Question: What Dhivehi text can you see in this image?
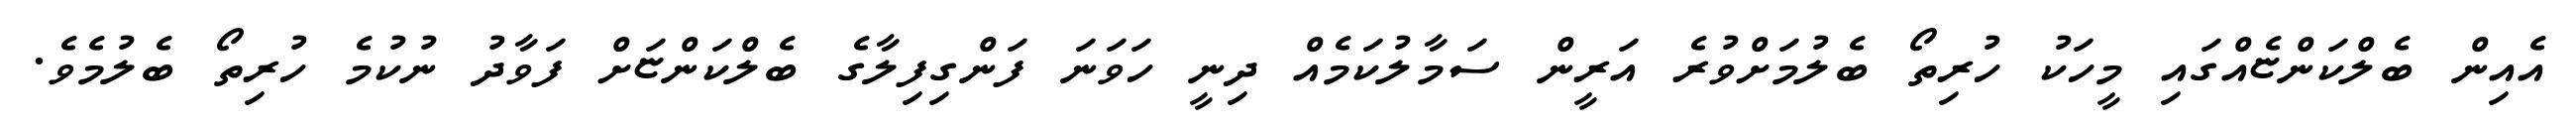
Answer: އެއިން ބެލްކަންޏެއްގައި މީހަކު ހުރިތޯ ބެލުމަށްވުރެ އަރީން ސަމާލުކަމެއް ދިނީ ހަވަނަ ފަންގިފިލާގެ ބެލްކަންޏަށް ފަވާދު ނުކުމެ ހުރިތޯ ބެލުމެވެ.